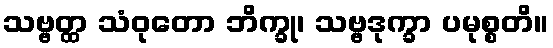
သဗ္ဗတ္ထ သံဝုတော ဘိက္ခု၊ သဗ္ဗဒုက္ခာ ပမုစ္စတိ။